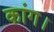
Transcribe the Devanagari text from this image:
कांग।